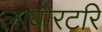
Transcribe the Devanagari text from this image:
लाबोरटरि